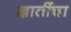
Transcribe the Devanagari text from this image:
ज्ञातींचा